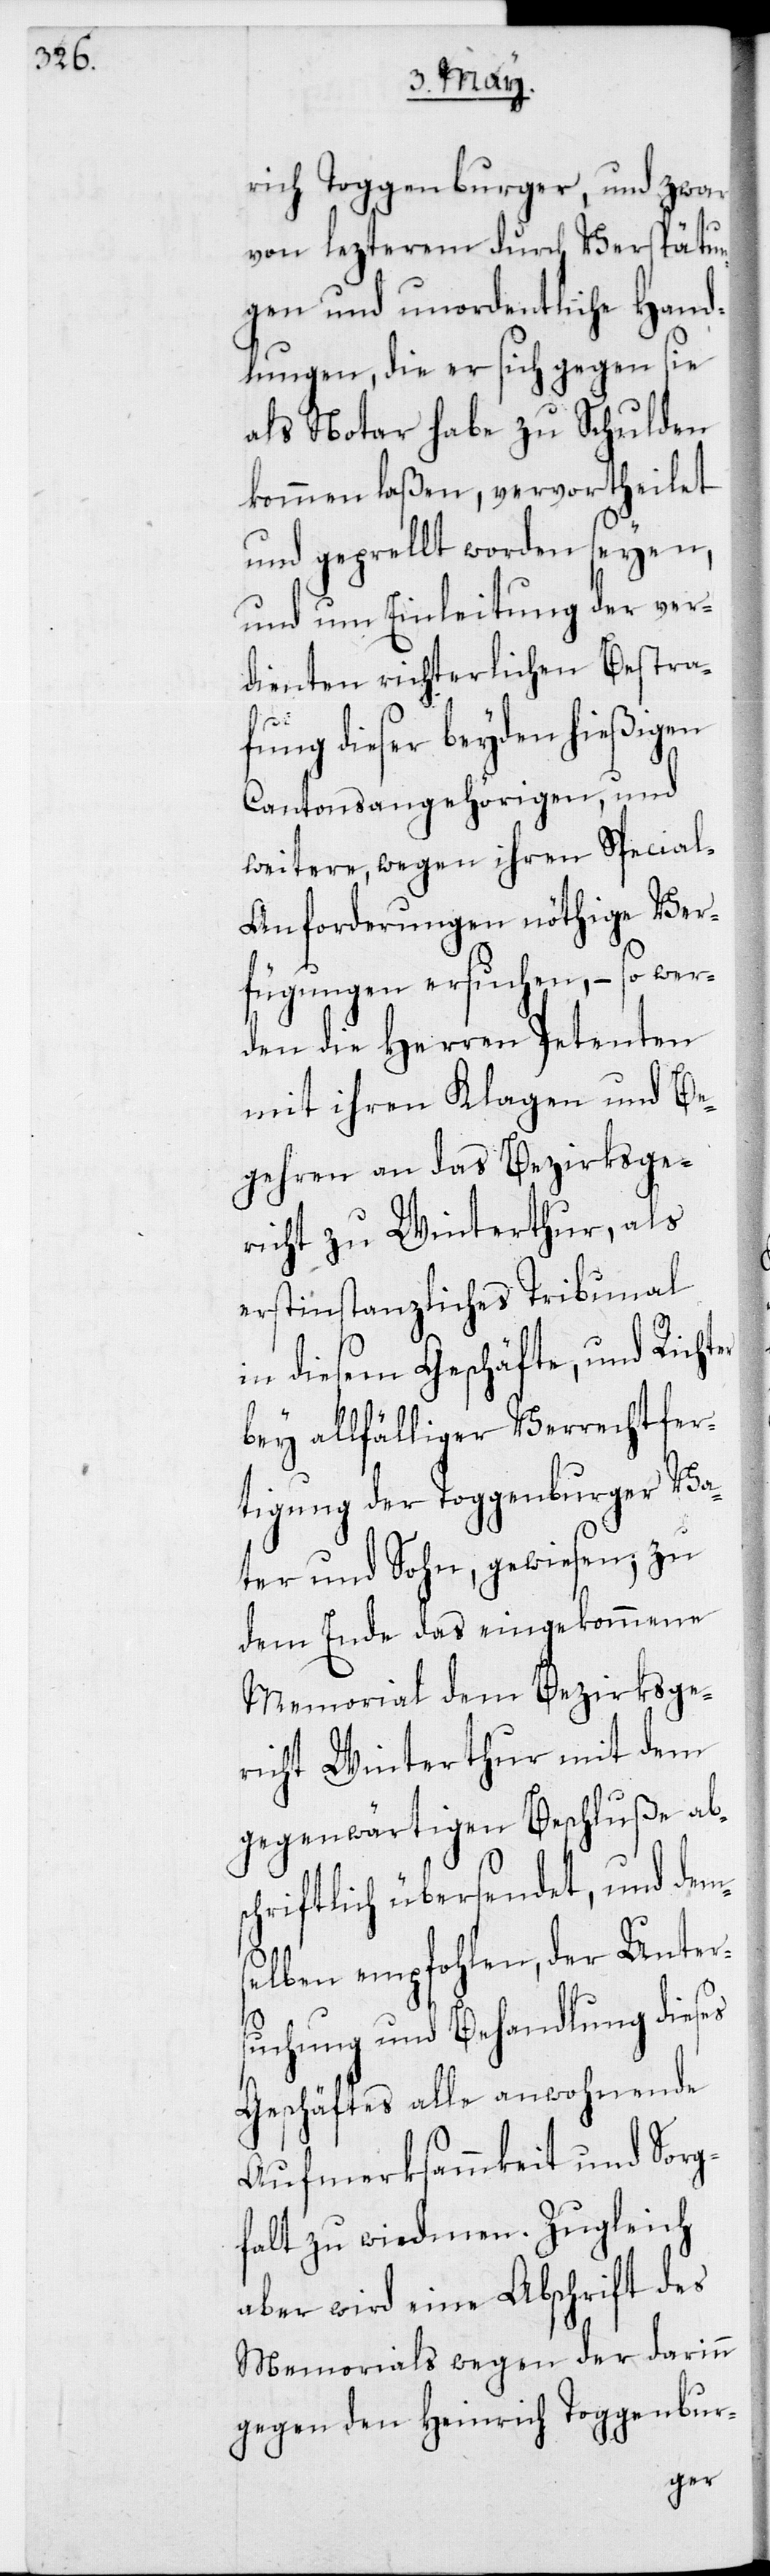
rich Toggenburger, und zwar
von lezterem durch Verspätu¬
ngen und unordentliche Hand¬
lungen, die er sich gegen sie
als Notar habe zu Schulden
kommen laßen, vervortheilet
und geprellt worden seyen,
und um Einleitung der ver¬
dienten richterlichen Bestra¬
fung dieser beyden hießigen
Cantonsangehörigen, und
weitere, wegen ihren Specia¬
l-Anforderungen nöthige Ver¬
fügungen ersuchen, – so wer¬
den die Herren Petenten
mit ihren Klagen und Be¬
gehren an das Bezirksge¬
richt zu Winterthur, als
erstinstanzliches Tribunal
in diesem Geschäfte, und Richter
bey allfälliger Verrechtfer¬
tigung der Toggenburger Va¬
ter und Sohn, gewiesen; zu
dem Ende das eingekommene
Memorial dem Bezirksge¬
richt Winterthur mit dem
gegenwärtigen Beschluße ab¬
schriftlich übersendet, und dem¬
selben empfohlen, der Unter¬
suchung und Behandlung dieses
Geschäftes alle anwohnende
Aufmerksammkeit und Sorg¬
falt zu wiedmen. Zugleich
aber wird eine Abschrift des
Memorials wegen der darinn
gegen den Heinrich Toggenbur-